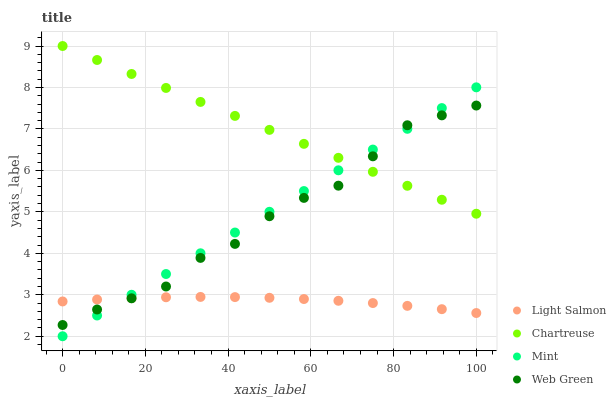
| xaxis_label | Light Salmon | Chartreuse | Mint | Web Green |
 | --- | --- | --- | --- | --- |
 | 0 | 2.84 | 9 | 2 | 2.27 |
 | 8.33 | 2.89 | 8.66 | 2.5 | 2.65 |
 | 16.7 | 2.92 | 8.33 | 3 | 2.92 |
 | 25 | 2.94 | 7.99 | 3.5 | 3.2 |
 | 33.3 | 2.95 | 7.65 | 4 | 3.89 |
 | 41.7 | 2.94 | 7.31 | 4.5 | 4.23 |
 | 50 | 2.93 | 6.98 | 5 | 4.89 |
 | 58.3 | 2.9 | 6.64 | 5.5 | 5.34 |
 | 66.7 | 2.86 | 6.3 | 6 | 5.63 |
 | 75 | 2.8 | 5.97 | 6.5 | 6.34 |
 | 83.3 | 2.73 | 5.63 | 7 | 7.09 |
 | 91.7 | 2.65 | 5.29 | 7.5 | 7.33 |
 | 100 | 2.56 | 4.95 | 8 | 7.56 |